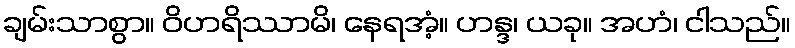
ချမ်းသာစွာ။ ဝိဟရိဿာမိ၊ နေရအံ့။ ဟန္ဒ၊ ယခု။ အဟံ၊ ငါသည်။